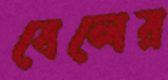
বেলের